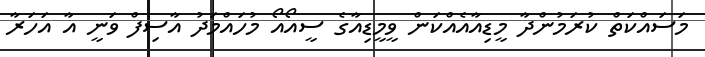
މަސައްކަތް ކުރަމުންދާ މީޑިއާއެއްކަން ވީމީޑިއާގެ ސީއޯއޯ މުހައްމަދު އާސިފް ވަނީ އާ އަހަރާ